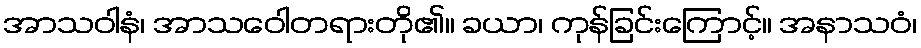
အာသဝါနံ၊ အာသဝေါတရားတို၏။ ခယာ၊ ကုန်ခြင်းကြောင့်။ အနာသဝံ၊